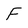
Character: F